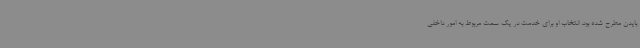
بایدن مطرح شده بود. انتخاب او برای خدمت در یک سمت مربوط به امور داخلی